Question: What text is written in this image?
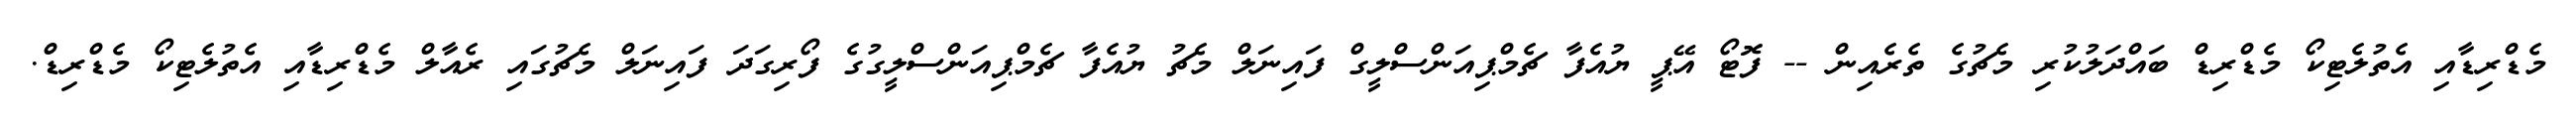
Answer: މެޑްރިޑާއި އެތުލެޓިކޯ މެޑްރިޑް ބައްދަލުކުރި މެޗުގެ ތެރެއިން -- ފޮޓޯ އޭޕީ ޔުއެފާ ޗެމްޕިއަންސްލީގް ފައިނަލް މެޗު ޔުއެފާ ޗެމްޕިއަންސްލީގުގެ ފޯރިގަދަ ފައިނަލް މެޗުގައި ރެއާލް މެޑްރިޑާއި އެތުލެޓިކޯ މެޑްރިޑް.